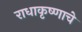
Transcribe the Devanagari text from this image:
राधाकृष्णाचे